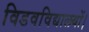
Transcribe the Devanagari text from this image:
विडवविद्यालयों।